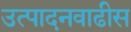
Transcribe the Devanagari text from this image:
उत्पादनवाढीस